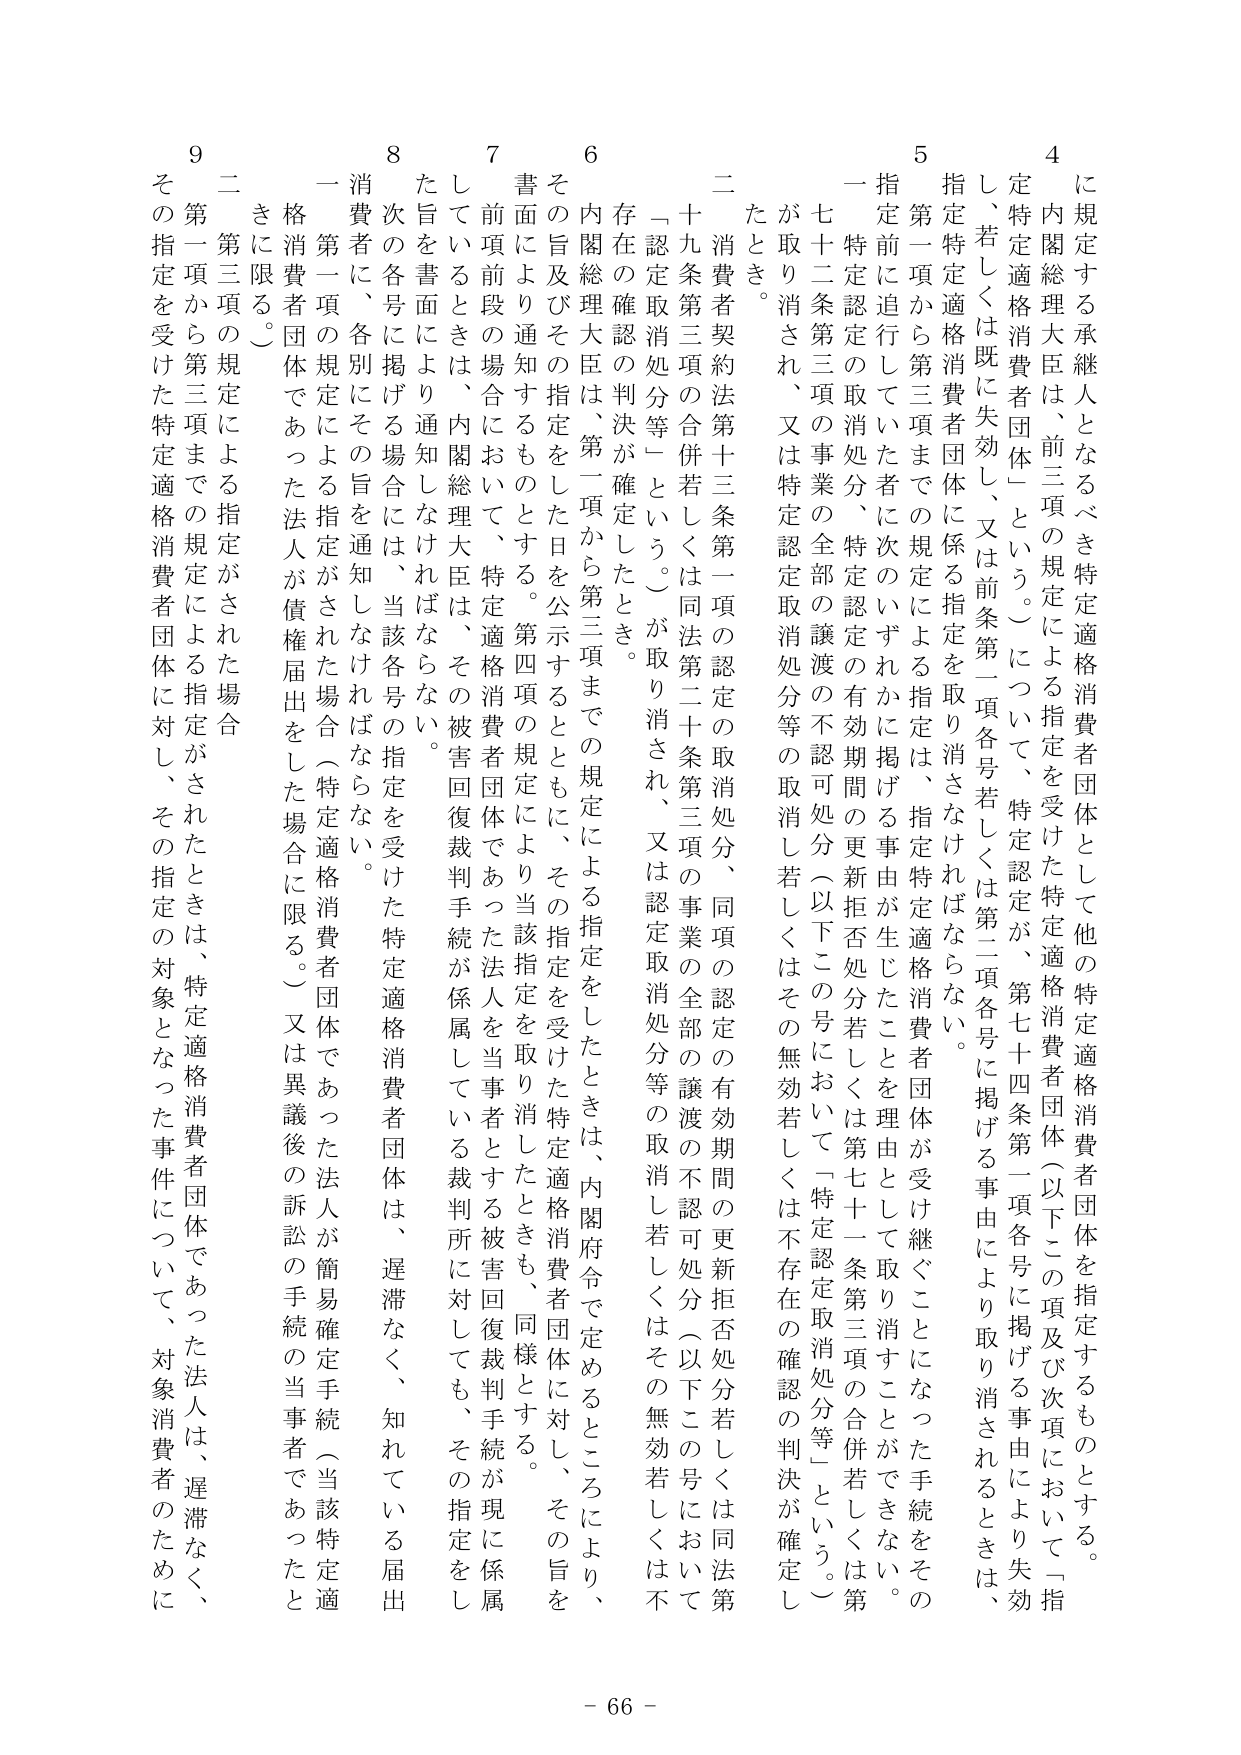
に規定する承継人となるべき特定適格消費者団体を指定するものとする。

4 内閣総理大臣は、前三項の規定による指定を受けた特定適格消費者団体（以下この項及び次項において「指定特定適格消費者団体」という。）について、特定認定が、第七十四条第一項各号に掲げる事由により失効し、若しくは既に失効し、又は前条第一項各号若しくは第二項各号に掲げる事由により取り消されるときは、指定特定適格消費者団体に係る指定を取り消さなければならない。

5 第一項から第三項までの規定による指定は、指定特定適格消費者団体が受け継ぐことになった手続をその指定前に追行していた者に次のいずれかに掲げる事由が生じたことを理由として取り消すことができない。

一 特定認定の取消処分、特定認定の有効期間の更新拒否処分若しくは第七十一条第三項の合併若しくは第7十二条第三項の事業の全部の譲渡の不認可処分（以下この号において「特定認定取消処分等」という。）が取り消され、又は特定認定取消処分等の取消し若しくはその無効若しくは不存在の確認の判決が確定したとき。

二 消費者契約法第十三条第一項の認定の取消処分、同項の認定の有効期間の更新拒否処分若しくは同法第十九条第三項の合併若しくは同法第二十条第三項の事業の全部の譲渡の不認可処分（以下この号において「認定取消処分等」という。）が取り消され、又は認定取消処分等の取消し若しくはその無効若しくは不存在の確認の判決が確定したとき。

6 内閣総理大臣は、第二項から第三項までの規定による指定をしたときは、内閣府令で定めるところにより、その旨及びその指定をした日を公示するとともに、その指定を受けた特定適格消費者団体に対し、その旨を書面により通知するものとする。第四項の規定により当該指定を取り消したときも、同様とする。

7 前項前段の場合において、特定適格消費者団体であった法人を当事者とする被害回復裁判手続が係属している裁判所に対しても、その指定をした旨を書面により通知しなければならない。

8 次の各号に掲げる場合には、当該各号の指定を受けた特定適格消費者団体は、遅滞なく、知れている届出消費者に、各別にその旨を通知しなければならない。

一 第一項の規定による指定がされた場合（特定適格消費者団体であった法人が債権届出をした場合に限る。）又は異議後の訴訟の手続の当事者であったとき。

二 第三項の規定による指定がされた場合

9 第一項から第三項までの規定による指定がされたときは、特定適格消費者団体であった法人は、遅滞なく、その指定を受けた特定適格消費者団体に対し、その指定の対象となった事件について、対象消費者のために

- 66 -